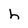
Character: h